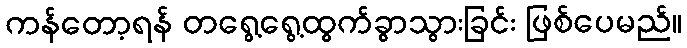
ကန်တော့ရန် တရွေ့ရွေ့ထွက်ခွာသွားခြင်း ဖြစ်ပေမည်။